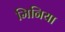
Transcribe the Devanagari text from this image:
मिनिया